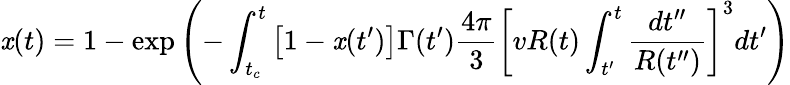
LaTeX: \mathit{x}(t)=1-\exp\left(-\int_{t_{c}}^{t}\left[1-\mathit{x}(t^{\prime})\right]\Gamma(t^{\prime})\frac{{4\pi}}{{3}}\left[vR(t)\int_{t^{\prime}}^{t}\frac{{dt^{\prime\prime}}}{{R(t^{\prime\prime})}}\right]^{3}dt^{\prime}\right)